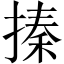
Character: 搸